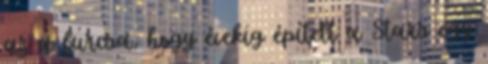
az a furcsa, hogy évekig épített a Stars egy